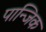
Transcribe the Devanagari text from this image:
पान्जिक